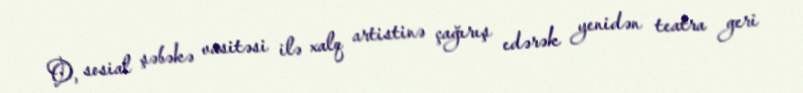
O, sosial şəbəkə vasitəsi ilə xalq artistinə çağırış edərək yenidən teatra geri